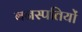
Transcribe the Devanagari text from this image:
बनस्पतियों